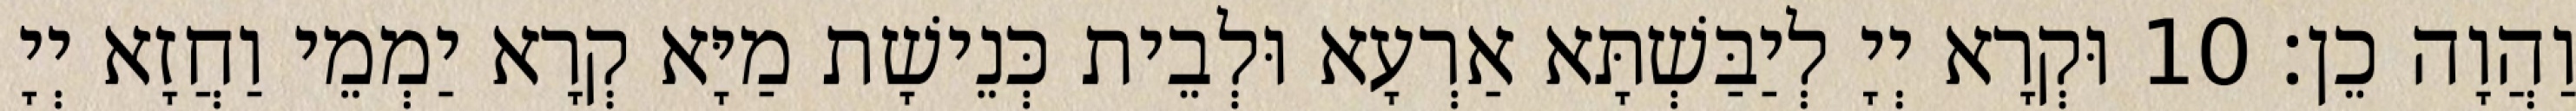
וַהֲוָה כֵן׃ 10 וּקְרָא יְיָ לְיַבַּשְׁתָּא אַרְעָא וּלְבֵית כְּנֵישָׁת מַיָּא קְרָא יַמְמֵי וַחֲזָא יְיָ